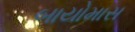
બાયોમાસ